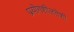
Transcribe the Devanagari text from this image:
प्रयोगशीलतेशी